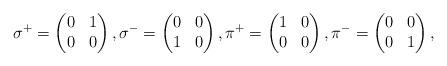
LaTeX: \begin{align*}\sigma^+=\begin{pmatrix} 0&1\\0&0\end{pmatrix},\sigma^-=\begin{pmatrix} 0&0\\1&0\end{pmatrix},\pi^+=\begin{pmatrix} 1&0\\0&0\end{pmatrix},\pi^-=\begin{pmatrix} 0&0\\0&1\end{pmatrix},\end{align*}